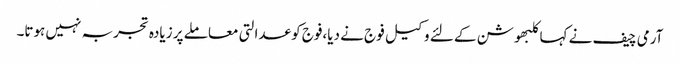
آرمی چیف نے کہاکلبھوشن کے لئے وکیل فوج نے دیا،فوج کو عدالتی معاملے پر زیادہ تجربہ نہیں ہوتا۔